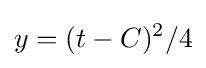
y=(t-C)^{2}/4